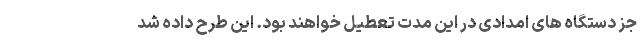
جز دستگاه های امدادی در این مدت تعطیل خواهند بود. این طرح داده شد